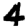
Digit: 4